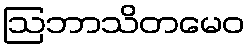
ဩဘာသိတမေဝ